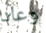
وعاد